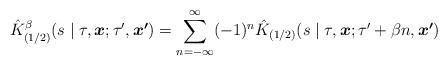
LaTeX: \begin{align*}\hat{K}^\beta_{(1/2)} (s\mid\tau,\mbox{\boldmath $x$};\tau',\mbox{\boldmath $x'$}) =\sum_{n=-\infty}^\infty (-1)^n\hat{K}_{(1/2)} (s\mid\tau,\mbox{\boldmath $x$};\tau'+\beta n,\mbox{\boldmath $x'$}) \end{align*}